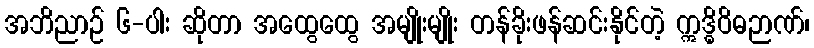
အဘိညာဉ် ၆-ပါး ဆိုတာ အထွေထွေ အမျိုးမျိုး တန်ခိုးဖန်ဆင်းနိုင်တဲ့ ဣဒ္ဓိဝိဓဉာဏ်၊